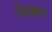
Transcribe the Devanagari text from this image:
गिळकृत